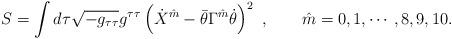
LaTeX: \begin{align*}S = \int d\tau \sqrt {-g_{\tau\tau}} g^{\tau\tau} \left( \dot X^{\hat m} -\bar \theta \Gamma^{\hat m} \dot \theta \right)^2 \ , \qquad \hat m = 0,1,\cdots , 8,9,10.\end{align*}